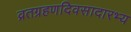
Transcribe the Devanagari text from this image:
व्रतग्रहणदिवसादारभ्य